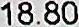
18.80